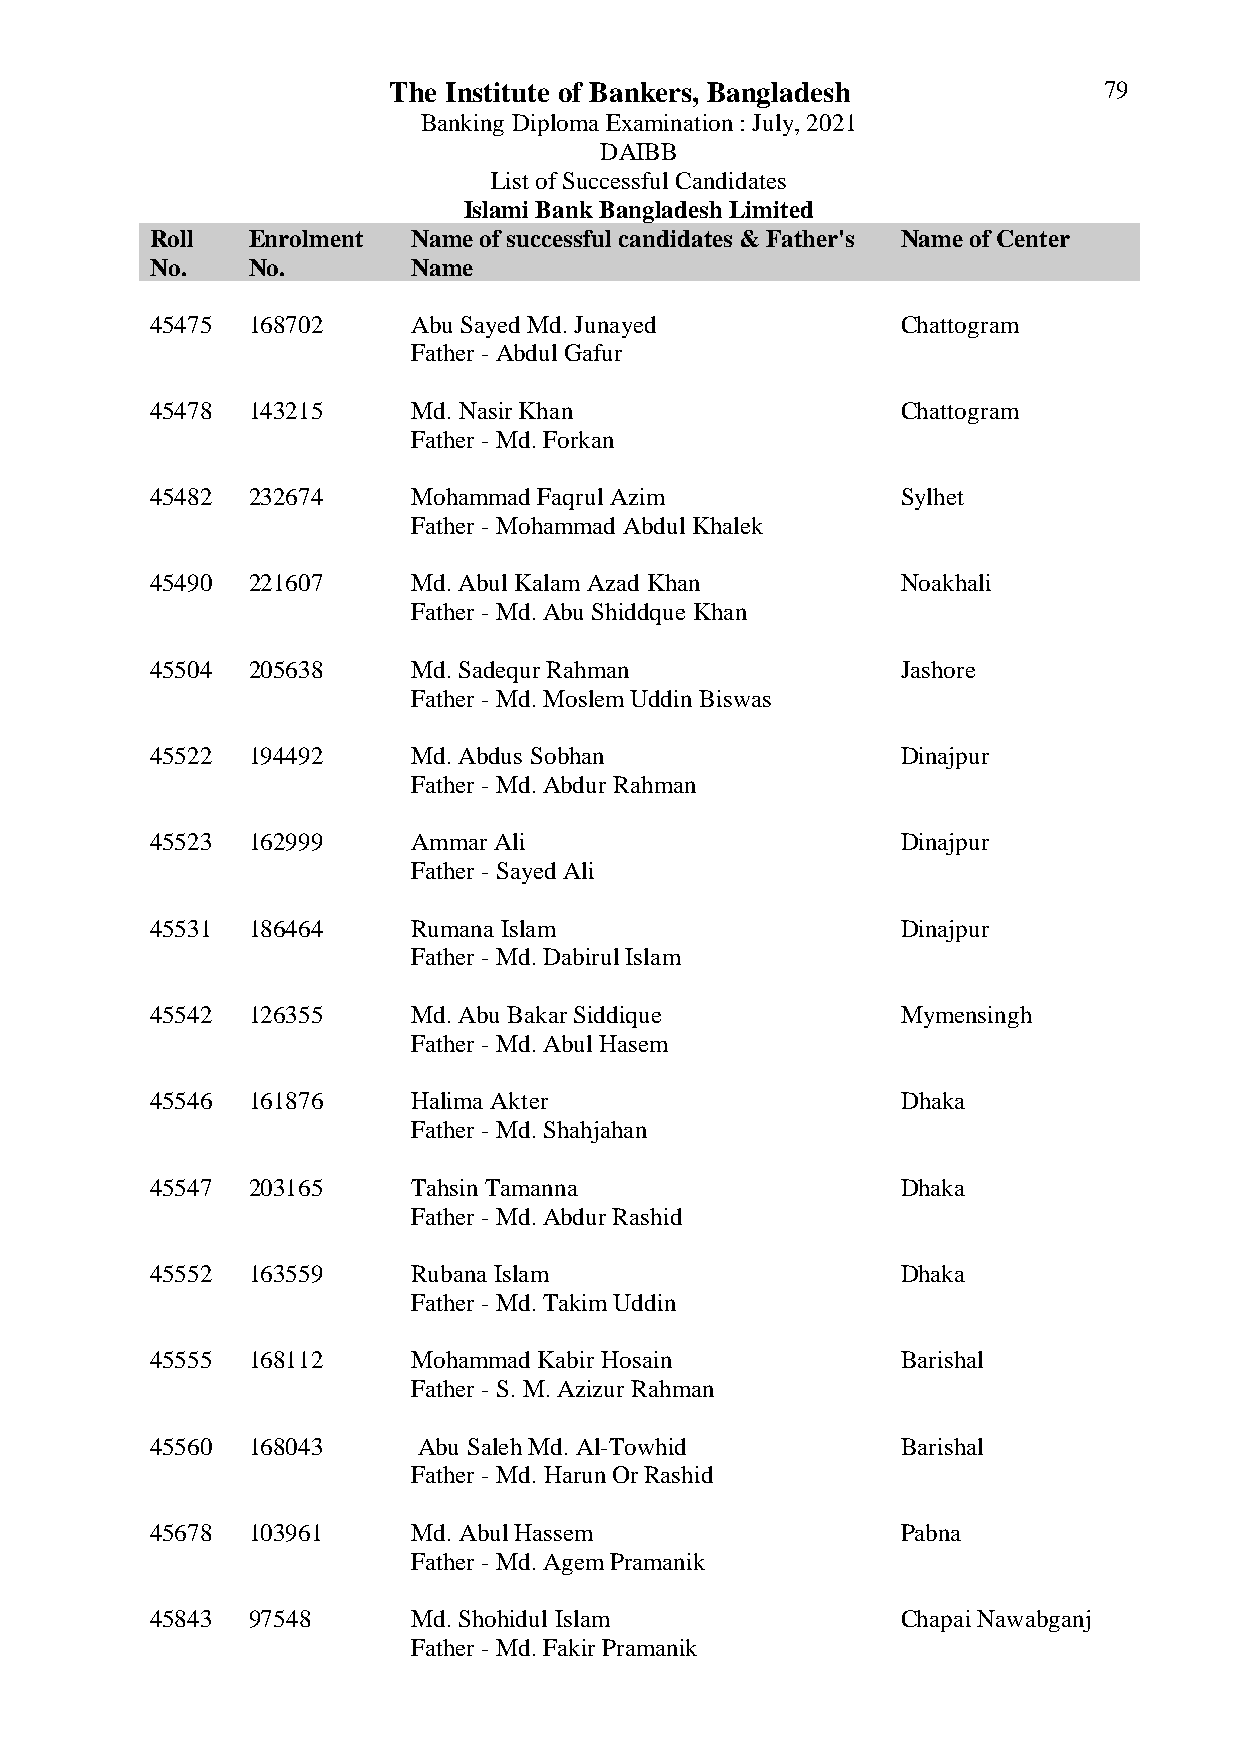
The Institute of Bankers, Bangladesh           79
 Banking Diploma Examination : July, 2021
 DAIBB
 List of Successful Candidates
 Islami Bank Bangladesh Limited
 Roll  Enrolment  Name of successful candidates & Father's Name of Center
 No.   No.        Name
 45475 168702     Abu Sayed Md. Junayed            Chattogram
 Father - Abdul Gafur
 45478 143215     Md. Nasir Khan                   Chattogram
 Father - Md. Forkan
 45482 232674     Mohammad Faqrul Azim             Sylhet
 Father - Mohammad Abdul Khalek
 45490 221607     Md. Abul Kalam Azad Khan         Noakhali
 Father - Md. Abu Shiddque Khan
 45504 205638     Md. Sadequr Rahman               Jashore
 Father - Md. Moslem Uddin Biswas
 45522 194492     Md. Abdus Sobhan                 Dinajpur
 Father - Md. Abdur Rahman
 45523 162999     Ammar Ali                        Dinajpur
 Father - Sayed Ali
 45531 186464     Rumana Islam                     Dinajpur
 Father - Md. Dabirul Islam
 45542 126355     Md. Abu Bakar Siddique           Mymensingh
 Father - Md. Abul Hasem
 45546 161876     Halima Akter                     Dhaka
 Father - Md. Shahjahan
 45547 203165     Tahsin Tamanna                   Dhaka
 Father - Md. Abdur Rashid
 45552 163559     Rubana Islam                     Dhaka
 Father - Md. Takim Uddin
 45555 168112     Mohammad Kabir Hosain            Barishal
 Father - S. M. Azizur Rahman
 45560 168043      Abu Saleh Md. Al-Towhid         Barishal
 Father - Md. Harun Or Rashid
 45678 103961     Md. Abul Hassem                  Pabna
 Father - Md. Agem Pramanik
 45843 97548      Md. Shohidul Islam               Chapai Nawabganj
 Father - Md. Fakir Pramanik